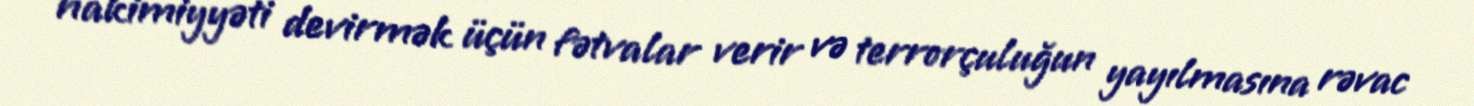
hakimiyyəti devirmək üçün fətvalar verir və terrorçuluğun yayılmasına rəvac